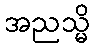
အညသ္မိ